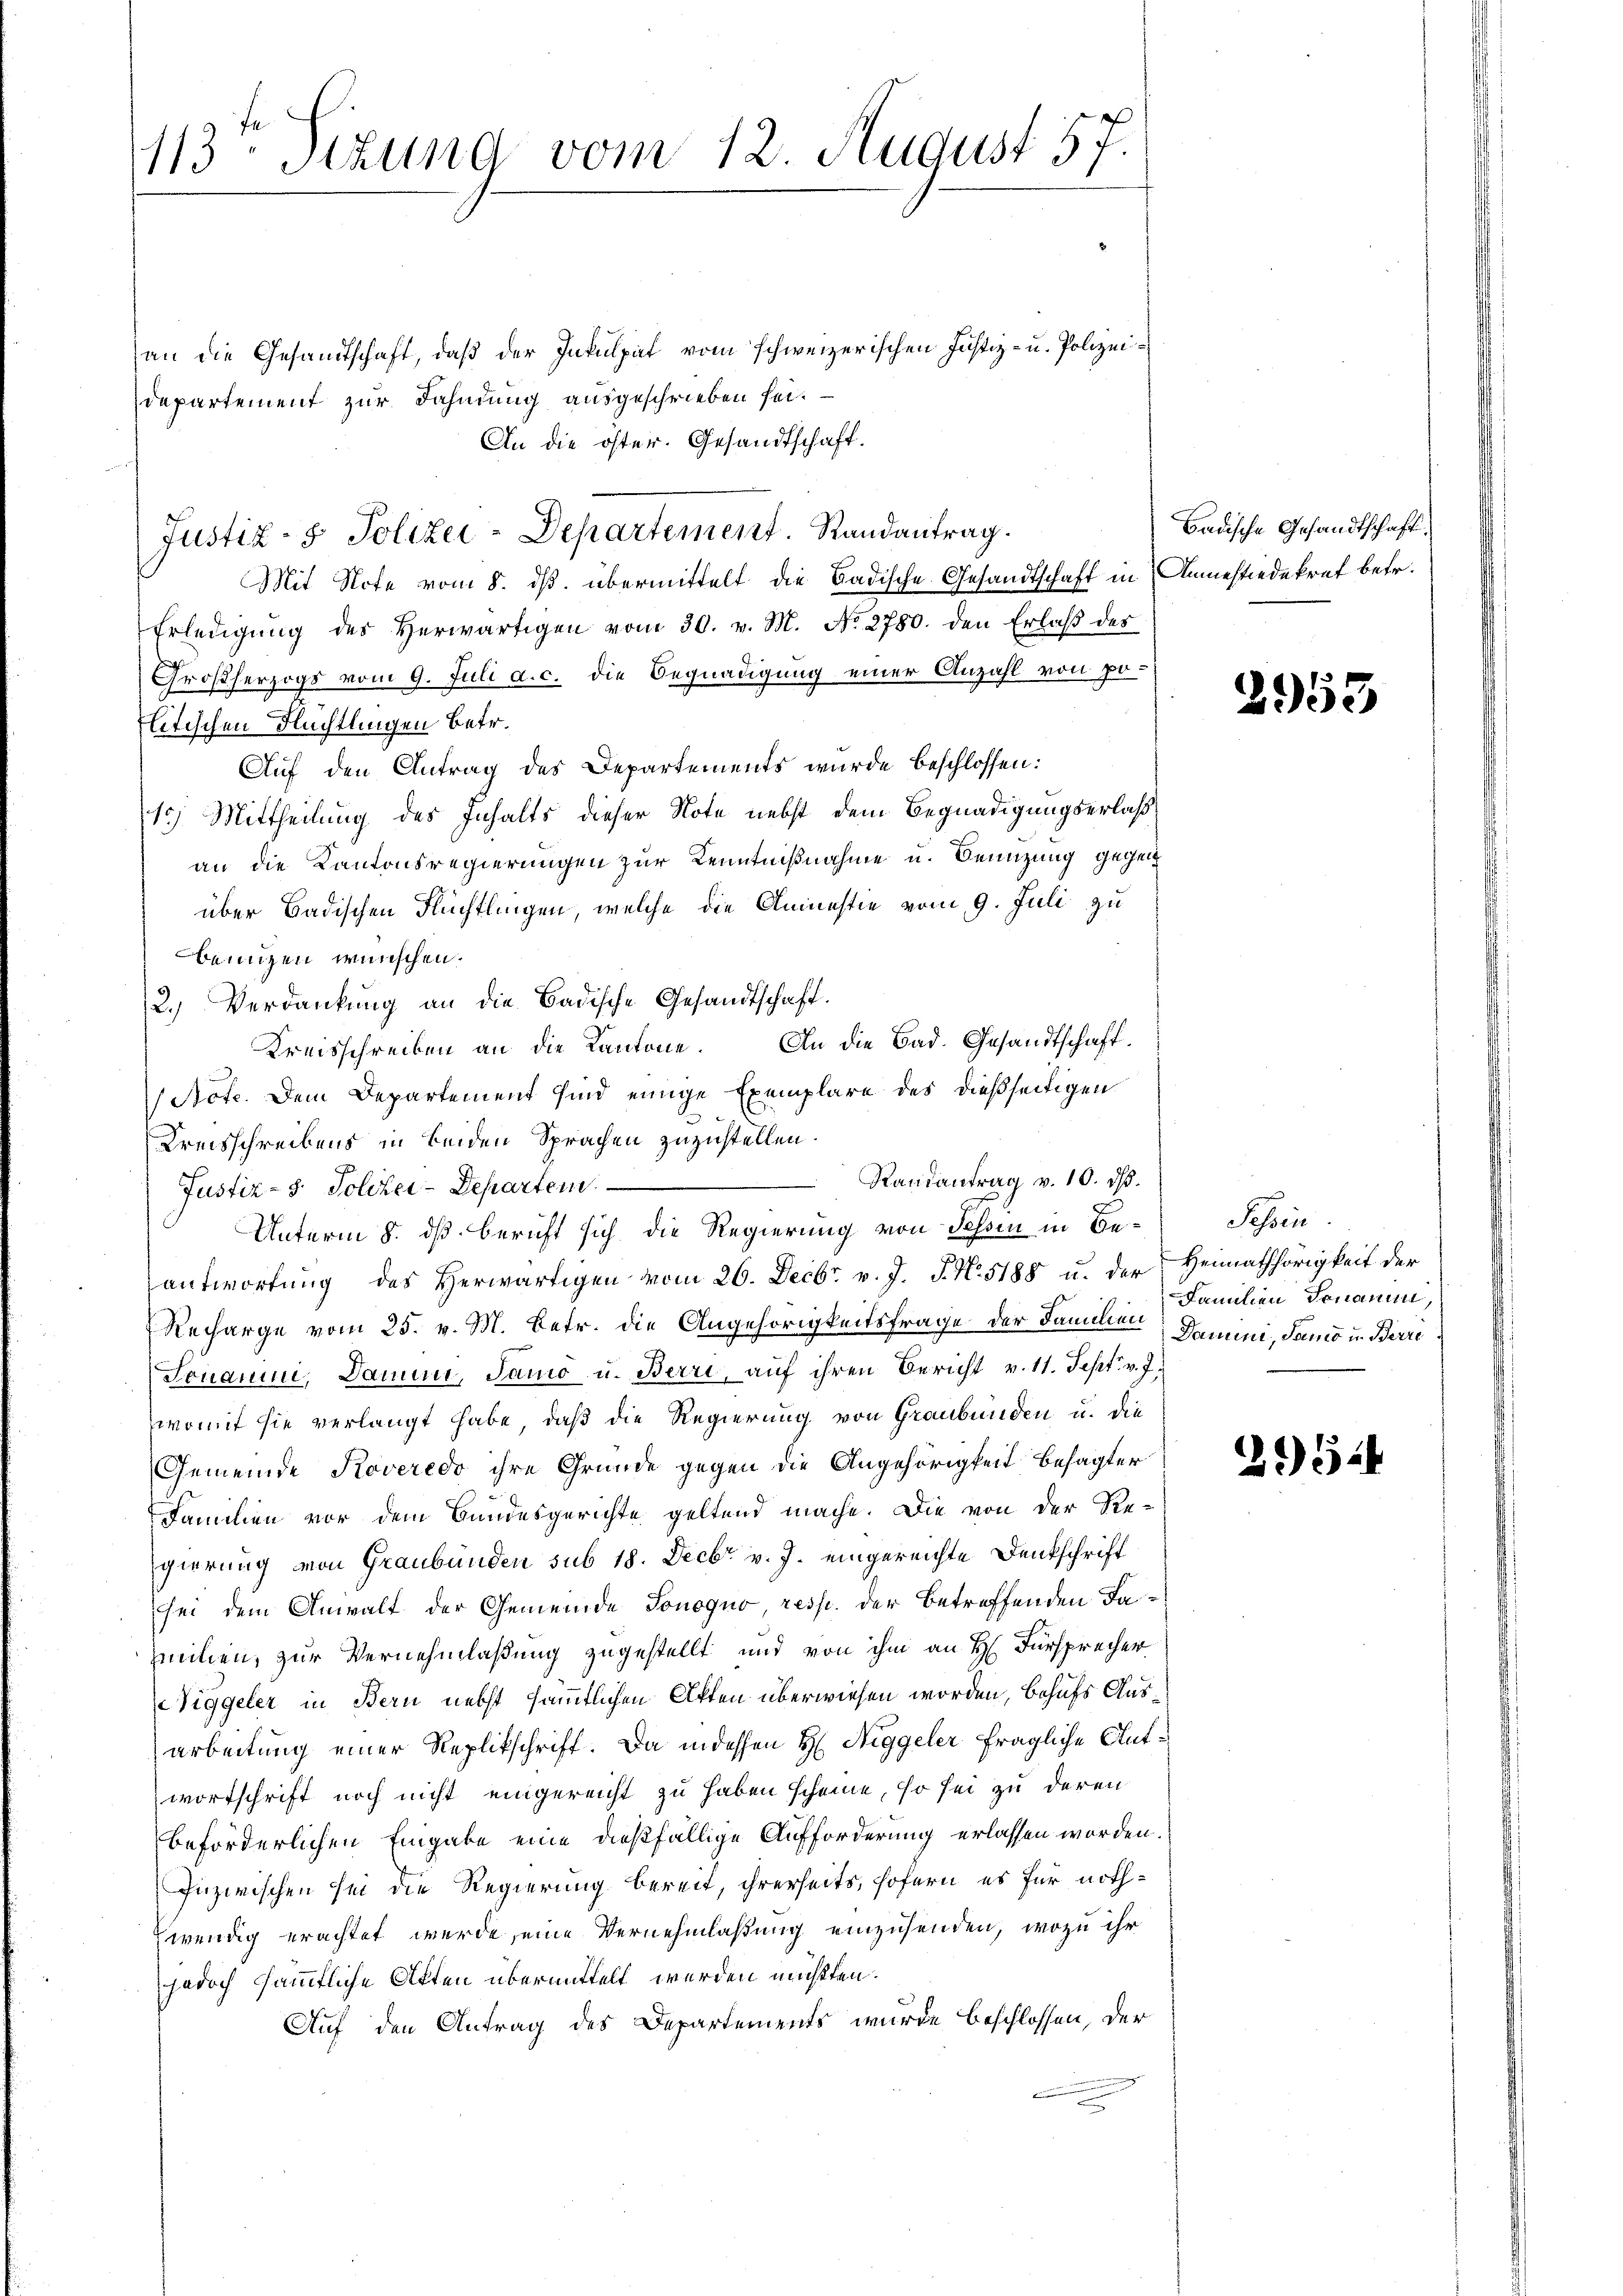
113 Stzung vom 12. August 57.

an die Gesandtschaft, daß der Inkulpat vom schweizerischen Justiz- u. Polizeidepartement zur Fahndung ausgeschrieben sei.
An die öster. Gesandtschaft.
Mit Note vom 8. ds. übermittelt die Badische Gesandtschaft in Anmessiedekret betr.
Erledigŭng des herwärtigen vom 30. v. M. No 2780. den Erlaß des
Großherzogs vom 9. Juli a. c. die Begnadigung einer Anzahl von poflitischen Flüchtlingen betr.
Auf den Antrag des Departements wurde beschlossen:
10) Mittheilung des Inhalts dieser Note nebst dem Begnadigungserlaß
an die Kantonsregierungen zur Kenntnißnahme u. Benzung gegen
über Badischen Flüchtlingen, welche die Amnestie vom 9. Juli zu
benuzen wünschen.
2.) Verdankung an die Badische Gesandtschaft.
An die Bad. Gesandtschaft.
Kreisschreiben an die Kantone.
Acte. Dem Departement sind einige Exemplare des dießseitigen
Kreisschreibens in beiden Sprachen zuzustellen.
Randantrag v. 10. ds.
Justiz- 8. Solcher-Departem
Unterm 8. dß. Bericht sich die Regierung von Sessen in Beantwortung des Herwärtigen vom 26. Decbr. v. J. J. N. 5188 u. der
Recharge vom 25. v. M. Betr. die Angehörigkeitsfrage der Familien Damini, Samo u. Berre
Jonarii, Damen, Samo u. Berri, auf ihren Gericht v. 11. Sept. v. J.
womit sie verlangt habe, daß die Regierung von Graubünden u. die
Gemeinde Koveredo ihre Gründe gegen die Angehörigkeit besagter
Fammen vor dem Bundesgerichte geltend mache. Die von der Re-
gierung von Graubünden sub 18. Decbr v. J. eingereichte Denkschrift
sei dem Anwalt der Gemeinde Sonequo resp. der betreffenden Familien, zur Vernehmlaßung zugestellt und von ihm an H. Fürsprecher
Niggeler in Bern nebst sämmtlichen Akten überwiesen worden, behufs Ausarbeitung einer Replikschrift. Da indessen H Niggeler fragliche Antwortschrift noch nicht eingereicht zu haben scheine, so sei zu deren
beförderlichen Eingabe eine dießfällige Aufforderung erlassen worden.
Inzwischen sei die Regierung bereit, ihrerseits, sofern es für nothwendig erachtet werde, eine Vernehmlaßung einzusenden, wozu ihr
jedoch sämmtliche Akten übermittelt werden müßten.
Auf den Antrag des Departements wurde beschlossen, der

Justiz- & Polizei-Departement. Randantrag.

Badische Gesandtschaft.

2953

Tessin.
Heimathörigkeit der
Familien Tonanimi,

2154